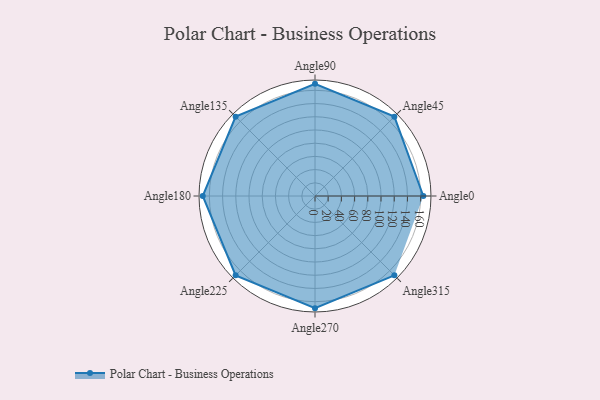
{"axis": {"x": "Angle", "y": "Radius"}, "legend": [""], "data": [{"x": "Angle0", "y": 164.0, "type": ""}, {"x": "Angle45", "y": 170.0, "type": ""}, {"x": "Angle90", "y": 170, "type": ""}, {"x": "Angle135", "y": 170, "type": ""}, {"x": "Angle180", "y": 170, "type": ""}, {"x": "Angle225", "y": 170, "type": ""}, {"x": "Angle270", "y": 170, "type": ""}, {"x": "Angle315", "y": 170, "type": ""}]}